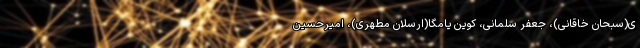
ی(سبحان خاقانی)، جعفر سلمانی، کوین یامگا(ارسلان مطهری)، امیرحسین